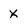
Character: x